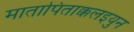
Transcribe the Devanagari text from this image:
मातापिताक्कलइयुन